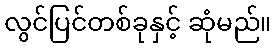
လွင်ပြင်တစ်ခုနှင့် ဆုံမည်။